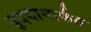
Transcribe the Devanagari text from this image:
हृदयामार्फत